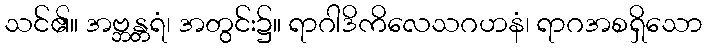
သင်၏။ အဗ္ဘန္တရံ၊ အတွင်း၌။ ရာဂါဒိကိလေသဂဟနံ၊ ရာဂအစရှိသော